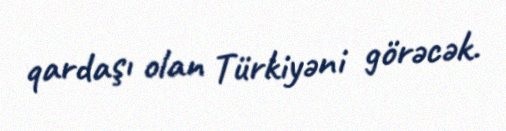
qardaşı olan Türkiyəni görəcək.